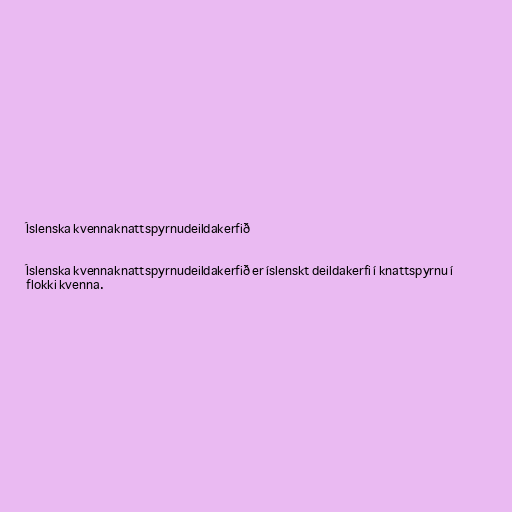
Íslenska kvennaknattspyrnudeildakerfið

Íslenska kvennaknattspyrnudeildakerfið er íslenskt deildakerfi í knattspyrnu í
flokki kvenna.